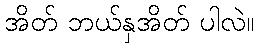
အိတ် ဘယ်နှအိတ် ပါလဲ။